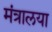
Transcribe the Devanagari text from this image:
मंत्रालया